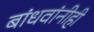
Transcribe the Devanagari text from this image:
बांधवांनीही